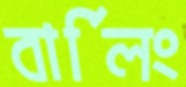
বার্লিং